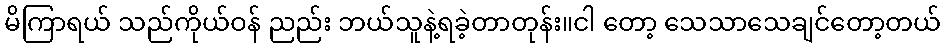
မိကြာရယ် သည်ကိုယ်ဝန် ညည်း ဘယ်သူနဲ့ရခဲ့တာတုန်း။ငါ တော့ သေသာသေချင်တော့တယ်